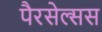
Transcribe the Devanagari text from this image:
पैरसेल्सस